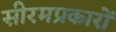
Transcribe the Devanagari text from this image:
सीरमप्रकारों